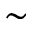
\sim